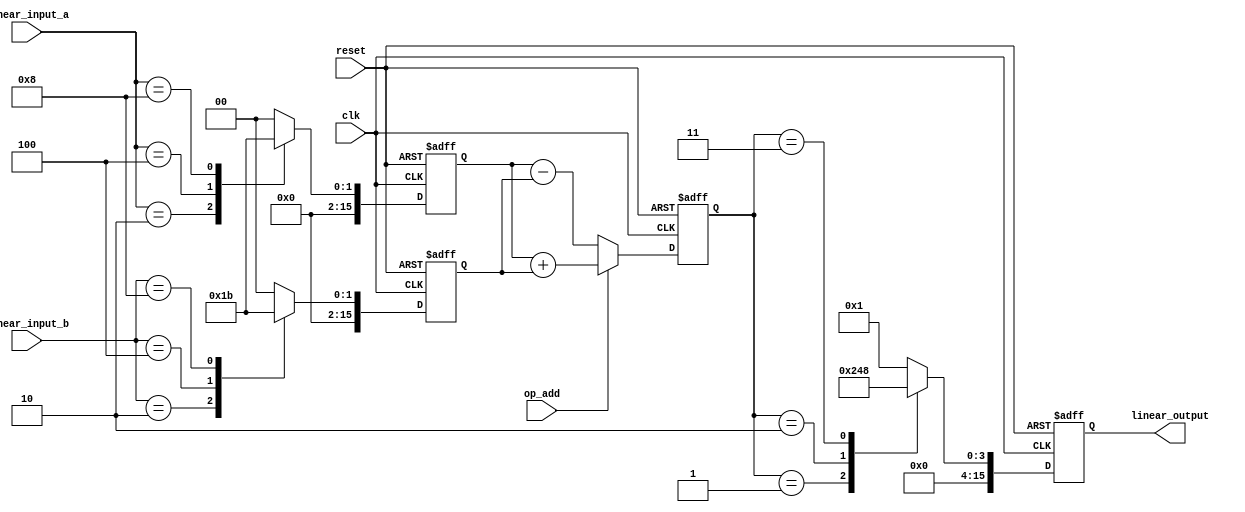
module LogarithmBasedDSPU (
    input  wire [15:0] linear_input_a, // Input A (linear)
    input  wire [15:0] linear_input_b, // Input B (linear)
    input  wire        op_add,          // Operation: Add (1) or Subtract (0)
    input  wire        clk,              // Clock
    input  wire        reset,            // Reset
    output reg  [15:0] linear_output     // Output (linear)
);

// Logarithmic Converter (LUT based for simplicity)
function [15:0] log_converter;
    input [15:0] linear_value;
    begin
        // Simple LUT or approximation (example values)
        // This would be replaced with a real LUT in a practical scenario
        case (linear_value)
            16'd1: log_converter = 16'd0;
            16'd2: log_converter = 16'd1;
            16'd4: log_converter = 16'd2;
            16'd8: log_converter = 16'd3;
            // Add more mappings for other values
            default: log_converter = 16'd0; // Handle default case
        endcase
    end
endfunction

// Exponential Converter (LUT based for simplicity)
function [15:0] exp_converter;
    input [15:0] log_value;
    begin
        // Simple LUT or approximation (example values)
        case (log_value)
            16'd0: exp_converter = 16'd1;
            16'd1: exp_converter = 16'd2;
            16'd2: exp_converter = 16'd4;
            16'd3: exp_converter = 16'd8;
            // Add more mappings for other values
            default: exp_converter = 16'd1; // Handle default case
        endcase
    end
endfunction

// Addition/Subtraction Block
reg [15:0] log_a;
reg [15:0] log_b;
reg [15:0] log_result;

always @(posedge clk or posedge reset) begin
    if (reset) begin
        log_a <= 16'd0;
        log_b <= 16'd0;
        log_result <= 16'd0;
        linear_output <= 16'd0;
    end else begin
        // Convert inputs to logarithmic domain
        log_a <= log_converter(linear_input_a);
        log_b <= log_converter(linear_input_b);
        
        // Perform addition or subtraction in logarithmic domain
        if (op_add) begin
            log_result <= log_a + log_b; // log(a * b)
        end else begin
            log_result <= log_a - log_b; // log(a / b)
        end
        
        // Convert result back to linear domain
        linear_output <= exp_converter(log_result);
    end
end

endmodule